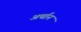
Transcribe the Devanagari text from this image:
अर्थान